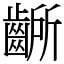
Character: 齭